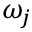
\omega _ { j }